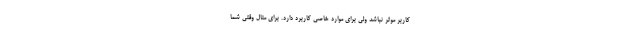
کاربر موثر نباشد ولی برای موارد خاصی کاربرد دارد. برای مثال وقتی شما